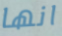
انها